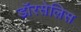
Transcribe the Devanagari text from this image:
डॉरसेलिस